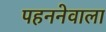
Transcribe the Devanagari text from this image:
पहननेवाला